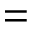
=